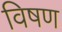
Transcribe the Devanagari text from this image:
विषण